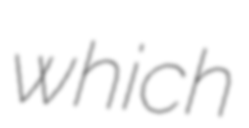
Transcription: which